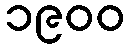
၁၉၀၀